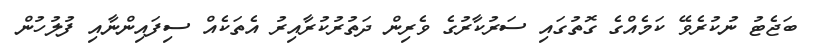
ބަޖެޓު ނުކުރެވޭ ކަމެއްގެ ގޮތުގައި ސަރުކާރުގެ ވެރިން ދަތުރުކުރާއިރު އެތަކެއް ސިފައިންނާއި ފުލުހުން